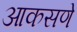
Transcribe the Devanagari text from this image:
आकसणे